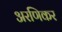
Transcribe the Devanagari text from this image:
अरणिकर